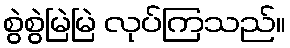
စွဲစွဲမြဲမြဲ လုပ်ကြသည်။